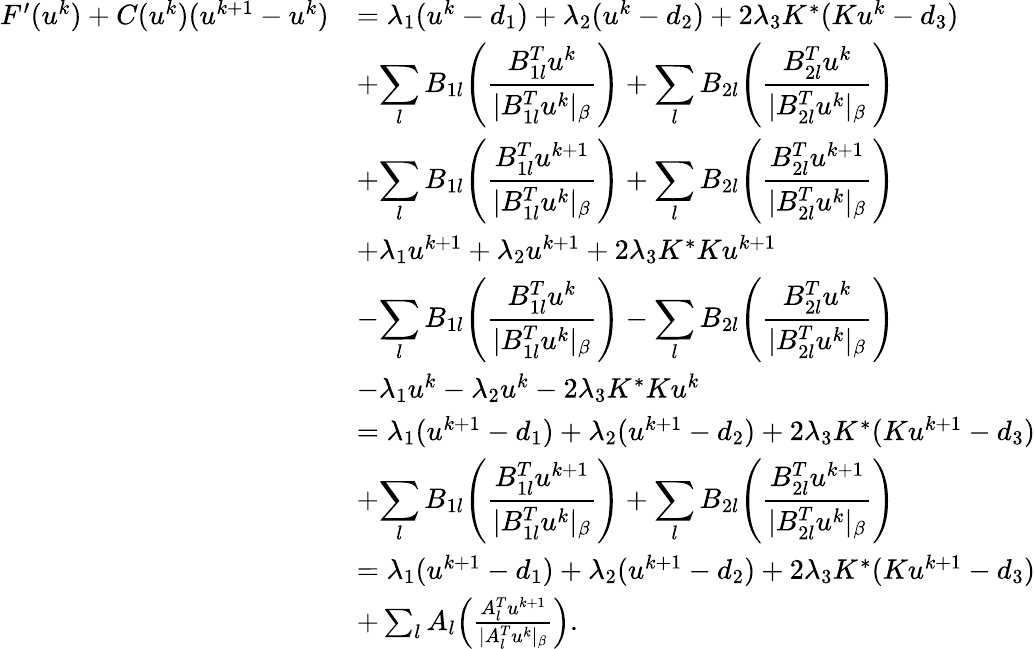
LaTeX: \begin{array}{rl}{F^{\prime}(u^{k})+C(u^{k})(u^{k+1}-u^{k})}&{=\lambda_{1}(u^{k}-d_{1})+\lambda_{2}(u^{k}-d_{2})+2\lambda_{3}K^{*}(Ku^{k}-d_{3})}\\ &{+\displaystyle{\sum_{l}B_{1l}\Bigg(\frac{B_{1l}^{T}u^{k}}{|B_{1l}^{T}u^{k}|_{\beta}}\Bigg)}+\displaystyle{\sum_{l}B_{2l}\Bigg(\frac{B_{2l}^{T}u^{k}}{|B_{2l}^{T}u^{k}|_{\beta}}\Bigg)}}\\ &{+\displaystyle{\sum_{l}B_{1l}\Bigg(\frac{B_{1l}^{T}u^{k+1}}{|B_{1l}^{T}u^{k}|_{\beta}}\Bigg)}+\displaystyle{\sum_{l}B_{2l}\Bigg(\frac{B_{2l}^{T}u^{k+1}}{|B_{2l}^{T}u^{k}|_{\beta}}\Bigg)}}\\ &{+\lambda_{1}u^{k+1}+\lambda_{2}u^{k+1}+2\lambda_{3}K^{*}Ku^{k+1}}\\ &{-\displaystyle{\sum_{l}B_{1l}\Bigg(\frac{B_{1l}^{T}u^{k}}{|B_{1l}^{T}u^{k}|_{\beta}}\Bigg)}-\displaystyle{\sum_{l}B_{2l}\Bigg(\frac{B_{2l}^{T}u^{k}}{|B_{2l}^{T}u^{k}|_{\beta}}\Bigg)}}\\ &{-\lambda_{1}u^{k}-\lambda_{2}u^{k}-2\lambda_{3}K^{*}Ku^{k}}\\ &{=\lambda_{1}(u^{k+1}-d_{1})+\lambda_{2}(u^{k+1}-d_{2})+2\lambda_{3}K^{*}(Ku^{k+1}-d_{3})}\\ &{+\displaystyle{\sum_{l}B_{1l}\Bigg(\frac{B_{1l}^{T}u^{k+1}}{|B_{1l}^{T}u^{k}|_{\beta}}\Bigg)}+\displaystyle{\sum_{l}B_{2l}\Bigg(\frac{B_{2l}^{T}u^{k+1}}{|B_{2l}^{T}u^{k}|_{\beta}}\Bigg)}}\\ &{=\lambda_{1}(u^{k+1}-d_{1})+\lambda_{2}(u^{k+1}-d_{2})+2\lambda_{3}K^{*}(Ku^{k+1}-d_{3})}\\ &{+\sum_{l}A_{l}\Big(\frac{A_{l}^{T}u^{k+1}}{|A_{l}^{T}u^{k}|_{\beta}}\Big).}\end{array}